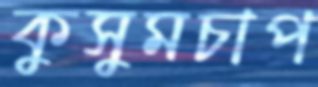
কুসুমচাপ